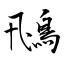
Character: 鳵